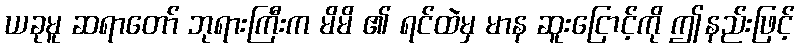
ယခုမူ ဆရာတော် ဘုရားကြီးက မိမိ ၏ ရင်ထဲမှ မာန ဆူးငြောင့်ကို ဤနည်းဖြင့်